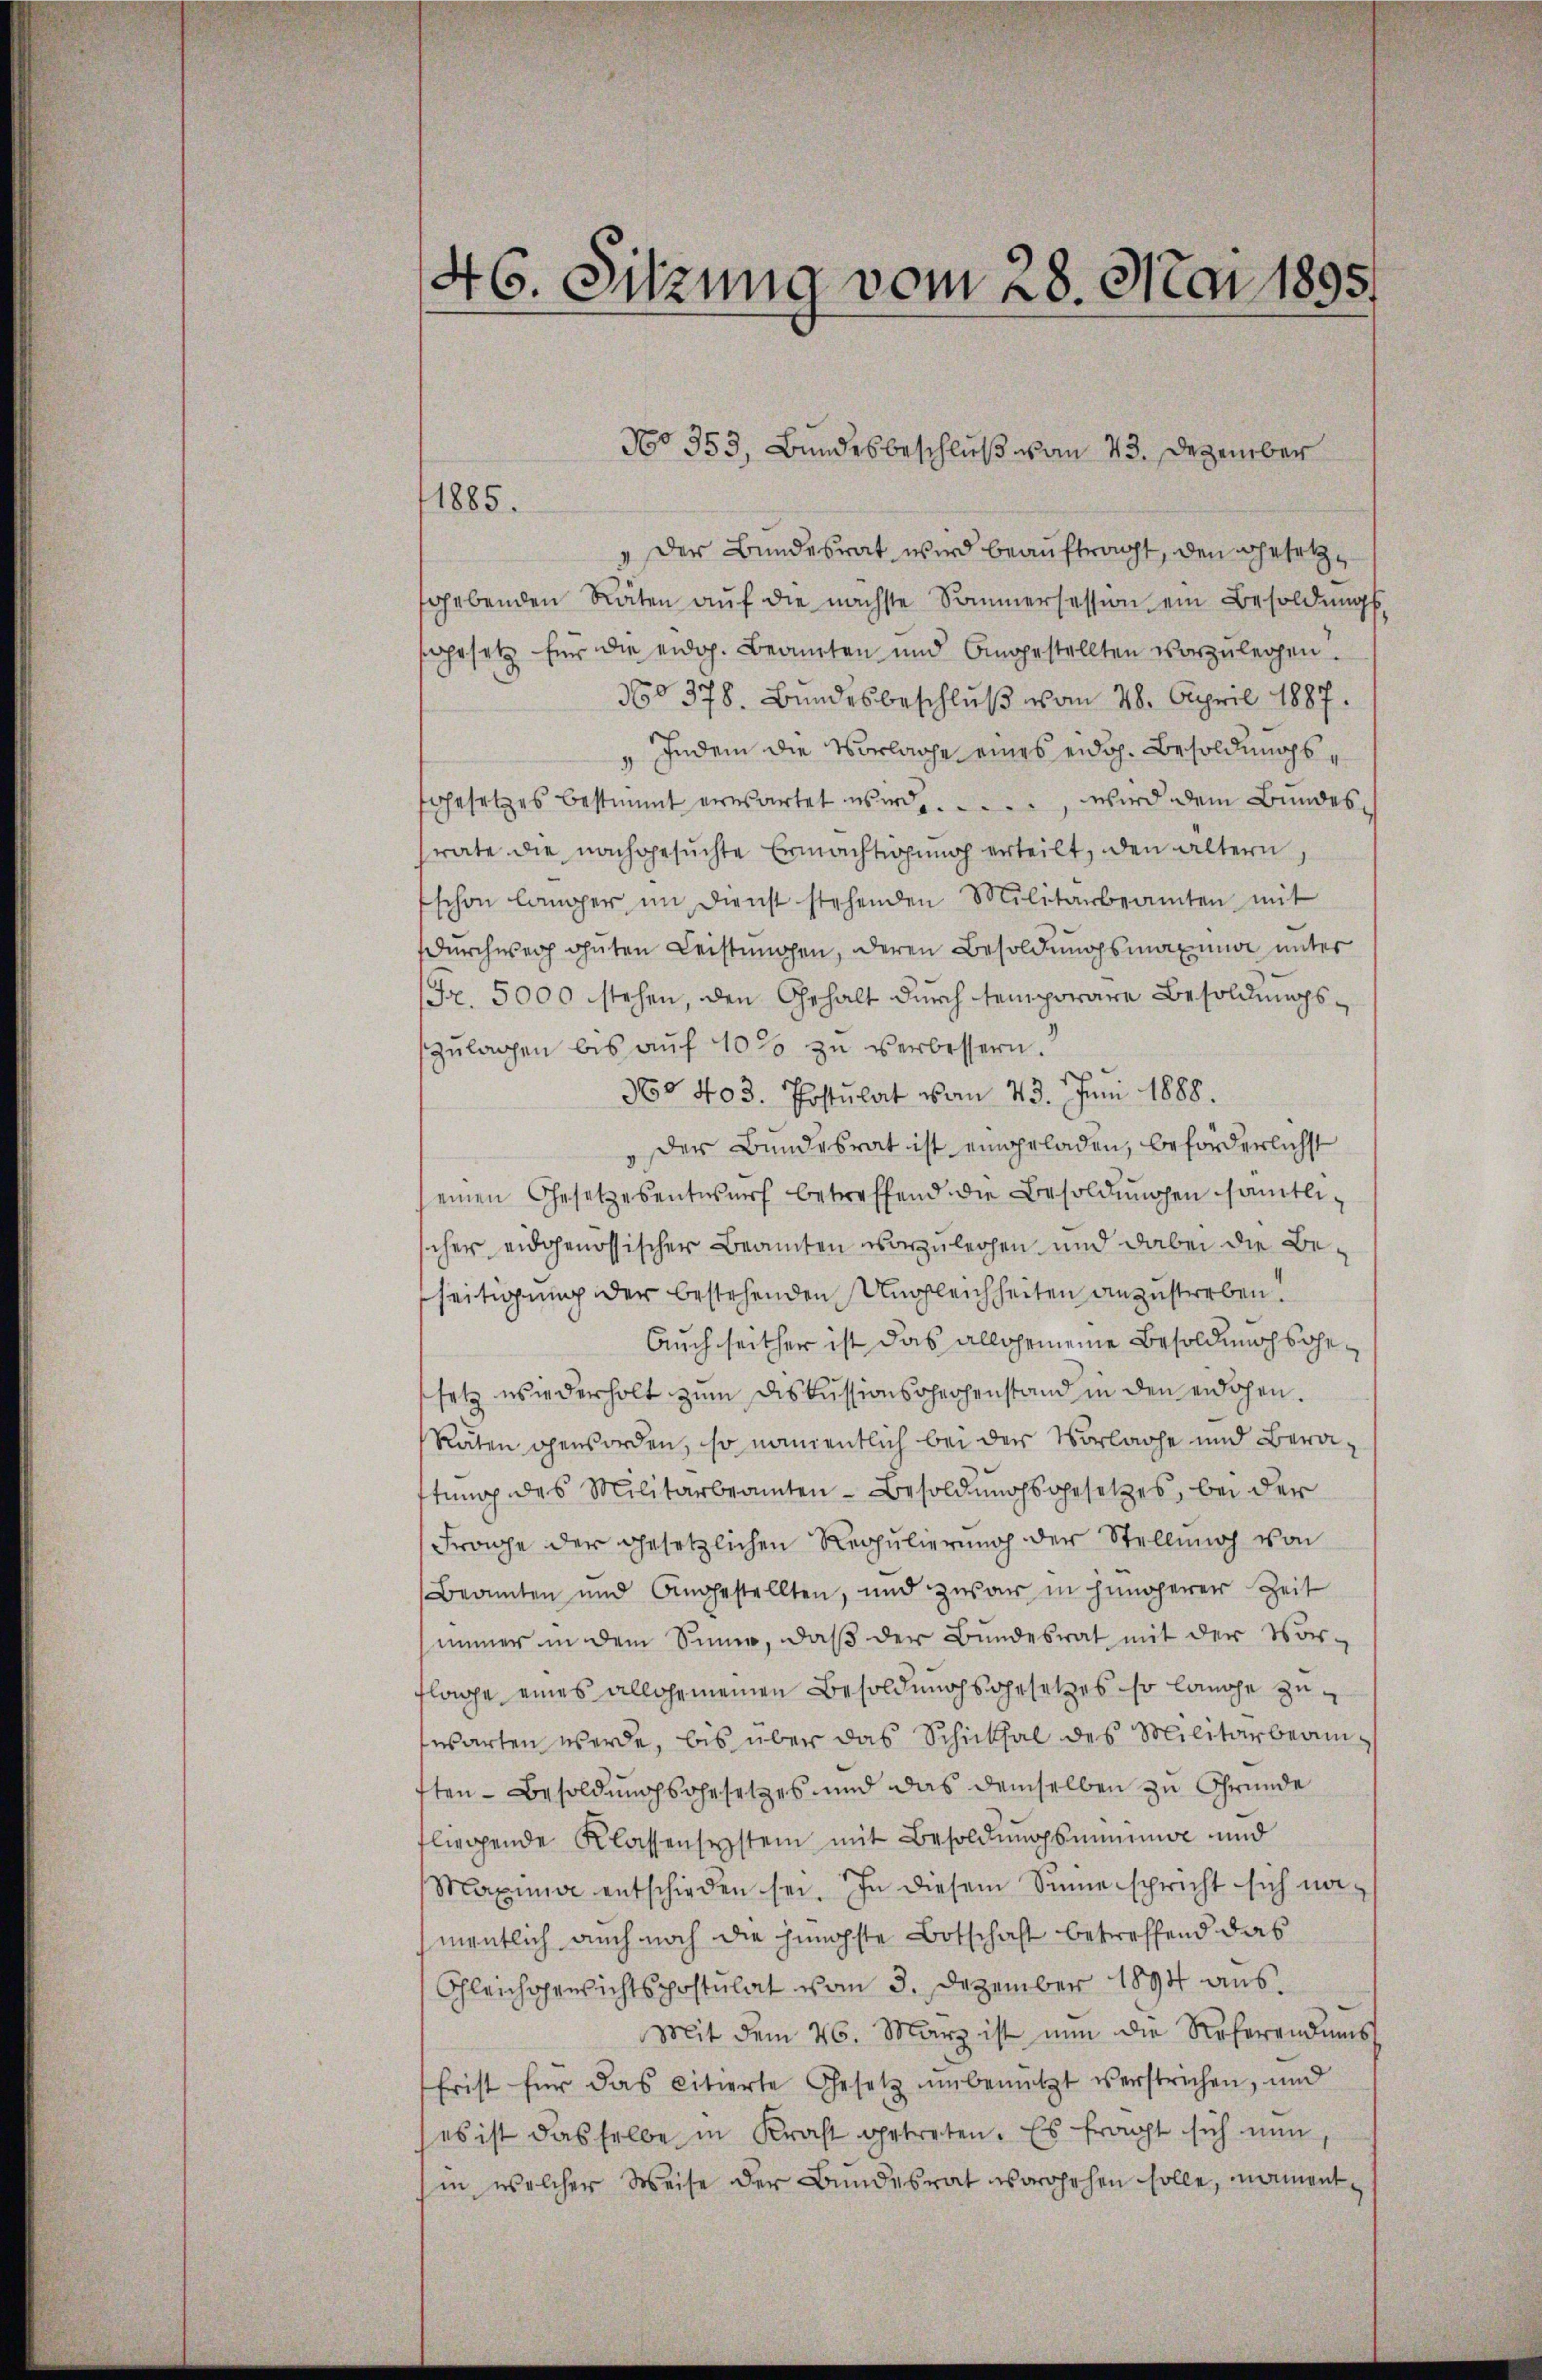
46. Sitzung vom 28. Mai 1895.

1885.
" Der Bundesrat wird beauftragt, den Besetzsgebenden Räten aŭf die nächste Sommersession ein Besoldungs
sgesetz für die eidg. Beamten und Angestellten vorzŭlegen.
360378. Bundesbeschluß vom 28. April 1887.
" Indem die Vorlage eines eidg. Besoldungsfgesetzes bestimmt erwartet wird, wird dem Bundessrate die nachgesuchte Ermächtigung erteilt, den ältern,
schon langer im Dienst stehenden Militärbeamten mit
durchweih ohnten Leistungen, deren Besoldungsmaxime unter
Fr. 5000 stehen, den Gehalt durch temporäre Besoldungs¬
Zulagen bis aŭf 10% zu verbessern.
360 403. Postulat vom 23. Juni 1888.
,der Bundesrat ist eingeladen, beförderlichst
einen Gesetzesentwŭrf betreffend die Besoldŭngen sämtlischer eidgenössischer Beamten vorzulegen und dabei die Beseitigung der bestehenden Ungleichheiten anzustreben.
Auch seither ist das allgemeine Besoldungsgesetz wiederholt zum Diskussionschechenstand in den erdohen.
Räten geworden, so namentlich bei der Vorlage und Berattung des Militärbeamten - Besoldungsgesetzes, bei der
Frage der gesetzlichen Regulierung der Stellung von
Beamten und Angestellten, und zwar in hüngerer Zeit
immer in dem Sinne, daβ der Bundesrat mit der Vor-
flage eines allgemeinen Besoldungsgesetzes so lange zuswarten werde, bis über das Schicksal des Militärbeamften - Besoldungsgesetzes und das demselben zu Grunde
fliegende Klassensystem mit Besoldŭngsmininge und
Maxima entschieden sei. In diesem Sinne spricht sich na
mentlich auch noch die jüngste Botschaft betreffend das
Gleichgewichtspostulat vom 3. Dezember 1894 aus.
Mit dem 26. März ist nun die Referendums
frist für das citierte Gesetz unbenützt verstrichen, und
es ist dasselbe in Kraft getreten. Es fragt sich nun
in welcher Weise der Bundesrat vorgehen solle, nament¬

No 353, Bundesbeschluß vom 23. Dezember